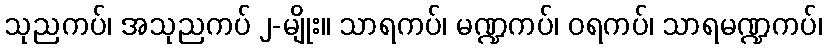
သုညကပ်၊ အသုညကပ် ၂-မျိုး။ သာရကပ်၊ မဏ္ဍကပ်၊ ဝရကပ်၊ သာရမဏ္ဍကပ်၊